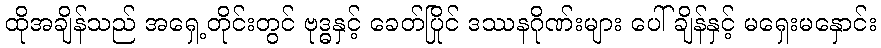
ထိုအချိန်သည် အရှေ့တိုင်းတွင် ဗုဒ္ဓနှင့် ခေတ်ပြိုင် ဒဿနဂိုဏ်းများ ပေါ်ချိန်နှင့် မရှေးမနှောင်း